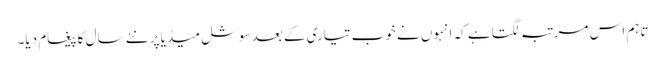
تاہم اس مرتبہ لگتا ہے کہ انہوں نے خوب تیاری کے بعد سوشل میڈیا پر نئے سال کا پیغام دیا۔